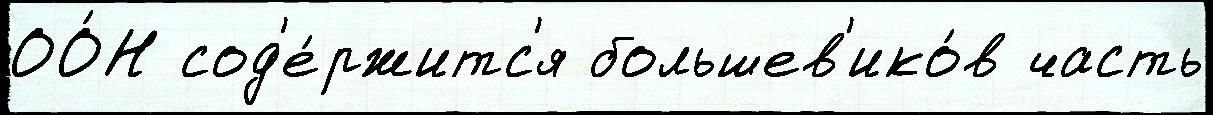
ОО́Н сод'е́ржитс'я большев'ико́в часть